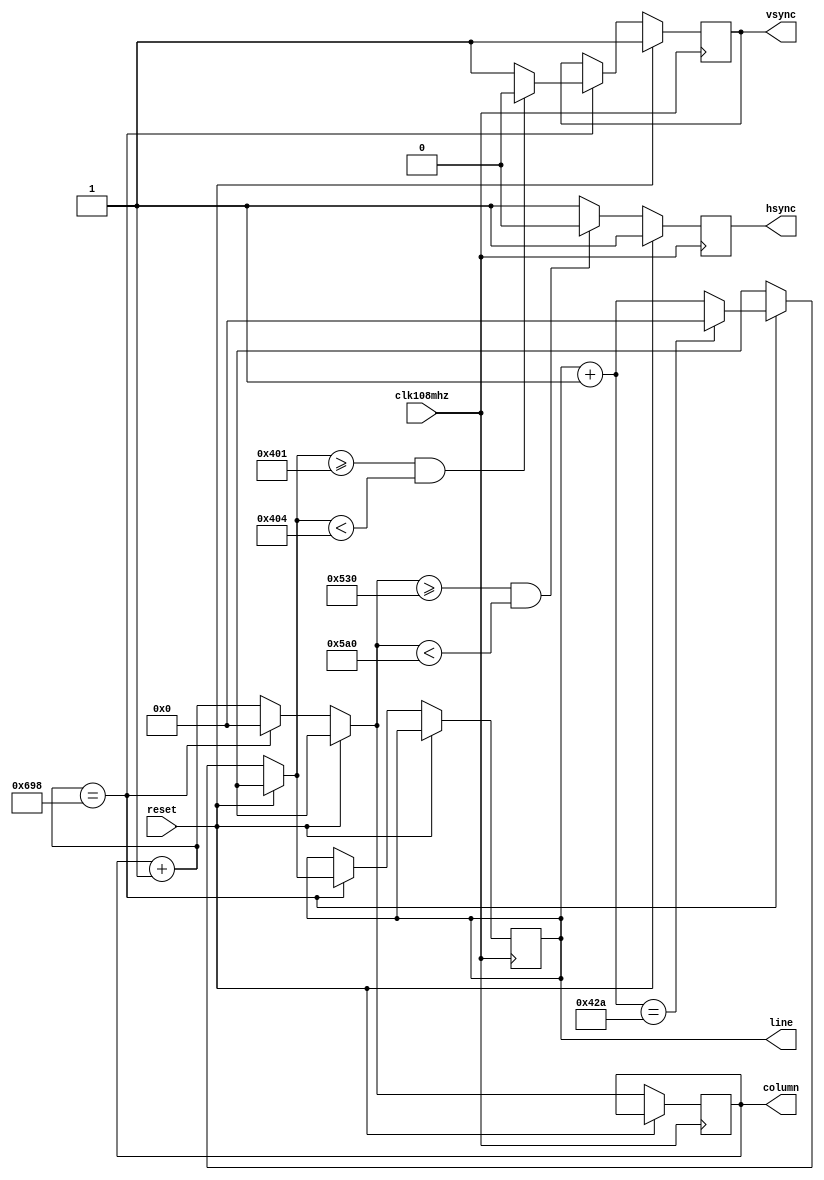
module VGAsync(
    input               clk108mhz,  // VGA clock
    input               reset,      // positive reset
    output reg          hsync,      // hsync output
    output reg          vsync,      // vsync output
    output reg  [11:0]  line,       // current line number [Y]
    output reg  [11:0]  column      // current column number [X]
);

    always @(posedge clk108mhz)
    begin
        if(!reset)
        begin
            column = column + 1;
            
            if(column == 1688)
            begin
                column = 0;
                line = line + 1;
                
                if(line == 1066)
                    line = 0;
                
                if(line >= 1025 && line < 1028)
                    vsync = 1'b0;
                else
                    vsync = 1'b1;                
            end
            
            if(column >= 1328 && column < 1440)
                hsync = 1'b0;
            else
                hsync = 1'b1;                
        end
        else // If reset
        begin
            hsync = 1'b1;
            vsync = 1'b1;
        end
    end
    
endmodule